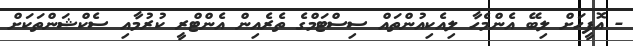
- އޮފީހަށް ލިބޭ އެންމެހާ ލިއެކިއުންތައް ސިސްޓަމްގެ ތެރެއިން އެންޓްރީ ކުރުމާއި ސެކްޝަންތަކަށް